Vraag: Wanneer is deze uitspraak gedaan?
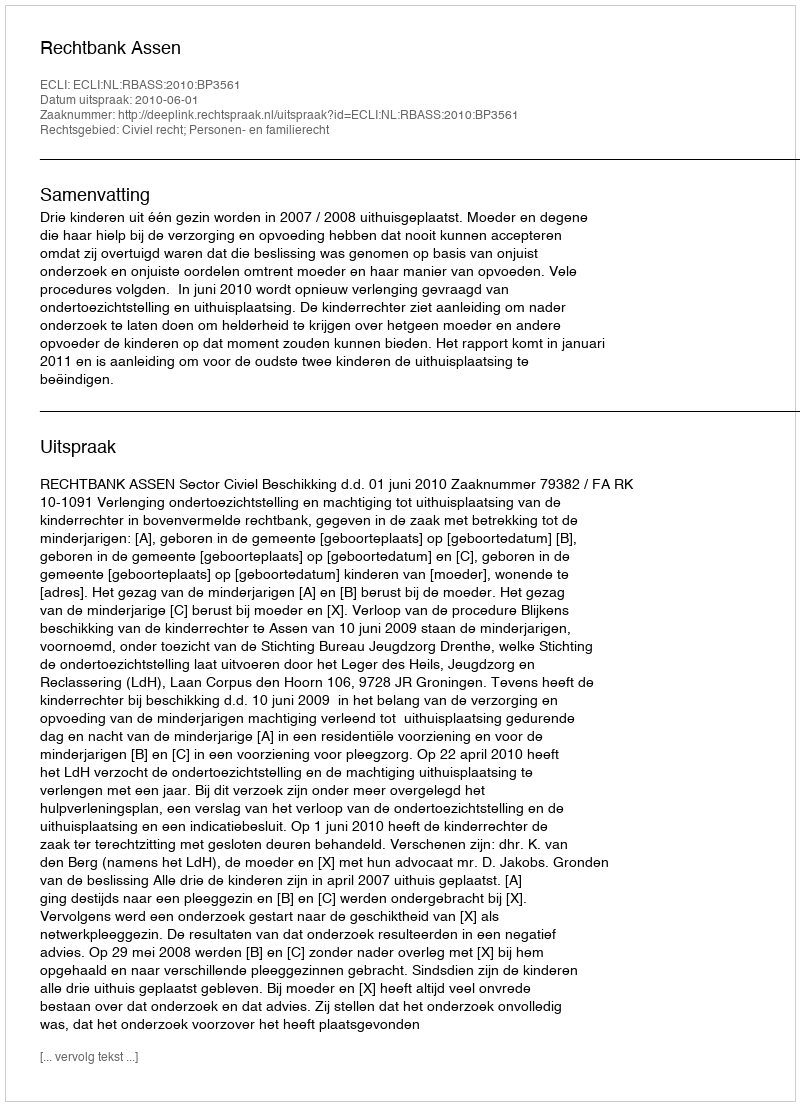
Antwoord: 2010-06-01